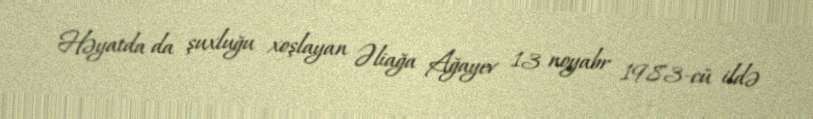
Həyatda da şuxluğu xoşlayan Əliağa Ağayev 13 noyabr 1983-cü ildə